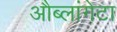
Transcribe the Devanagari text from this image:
औब्लांगेटा